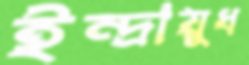
ইন্দ্রায়ুধ